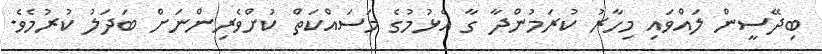
ބިދޭސީން ލައްވައި މިހާރު ކުރަމުންދާ ގާ އެޅުމުގެ މަސައްކަތް ކުށްވެރިންނަށް ބަދަލު ކުރުމެވެ.